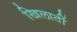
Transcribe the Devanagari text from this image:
खिलातीं